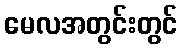
မေလအတွင်းတွင်